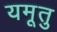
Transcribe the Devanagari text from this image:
यमूतु